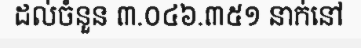
ដល់ចំនួន ៣.០៤៦.៣៥១ នាក់នៅ